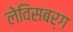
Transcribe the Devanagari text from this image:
लेविसबर्ग